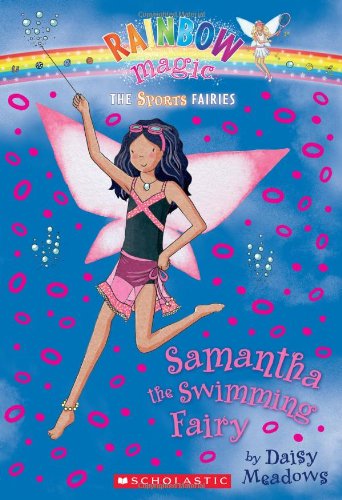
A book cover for Samantha the Swimming Fairy (Rainbow Magic: The Sports Fairies, No. 5); Daisy Meadows; Children's Books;